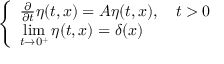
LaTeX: \left\{ \begin{array} { l l } { { \frac { \partial } { \partial t } } \eta ( t , x ) = A \eta ( t , x ) , \quad t > 0 } \\ { \displaystyle \operatorname* { l i m } _ { t \to 0 ^ { + } } \eta ( t , x ) = \delta ( x ) } \end{array} \right.